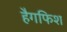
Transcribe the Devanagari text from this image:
हैगफिश